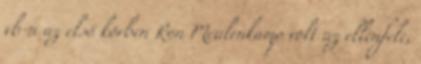
vb-n az első körben Ron Meulenkamp volt az ellenfele,